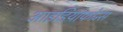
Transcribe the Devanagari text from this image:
आइडियोफोन्स